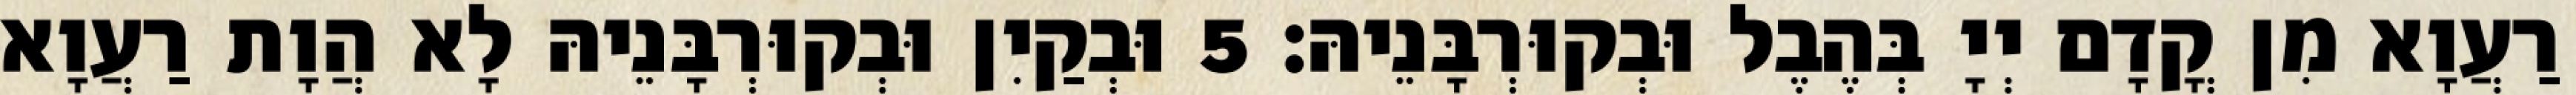
רַעֲוָא מִן קֳדָם יְיָ בְּהֶבֶל וּבְקוּרְבָּנֵיהּ׃ 5 וּבְקַיִן וּבְקוּרְבָּנֵיהּ לָא הֲוָת רַעֲוָא